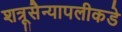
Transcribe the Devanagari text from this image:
शत्रूसैन्यापलीकडे